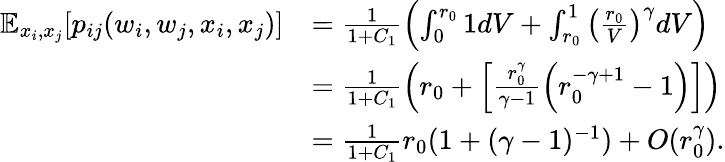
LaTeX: \begin{array}{rl}{\mathbb{E}_{x_{i},x_{j}}[p_{ij}(w_{i},w_{j},x_{i},x_{j})]}&{=\frac{1}{1+C_{1}}\left(\int_{0}^{r_{0}}1dV+\int_{r_{0}}^{1}\left(\frac{r_{0}}{V}\right)^{\gamma}dV\right)}\\ &{=\frac{1}{1+C_{1}}\left(r_{0}+\left[\frac{r_{0}^{\gamma}}{\gamma-1}\left(r_{0}^{-\gamma+1}-1\right)\right]\right)}\\ &{=\frac{1}{1+C_{1}}r_{0}(1+(\gamma-1)^{-1})+O(r_{0}^{\gamma}).}\end{array}